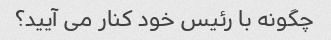
چگونه با رئیس خود کنار می آیید؟